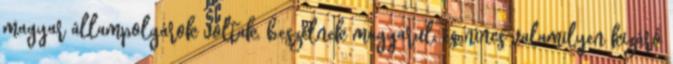
magyar állampolgárok voltak, beszélnek magyarul, és nincs valamilyen kizáró